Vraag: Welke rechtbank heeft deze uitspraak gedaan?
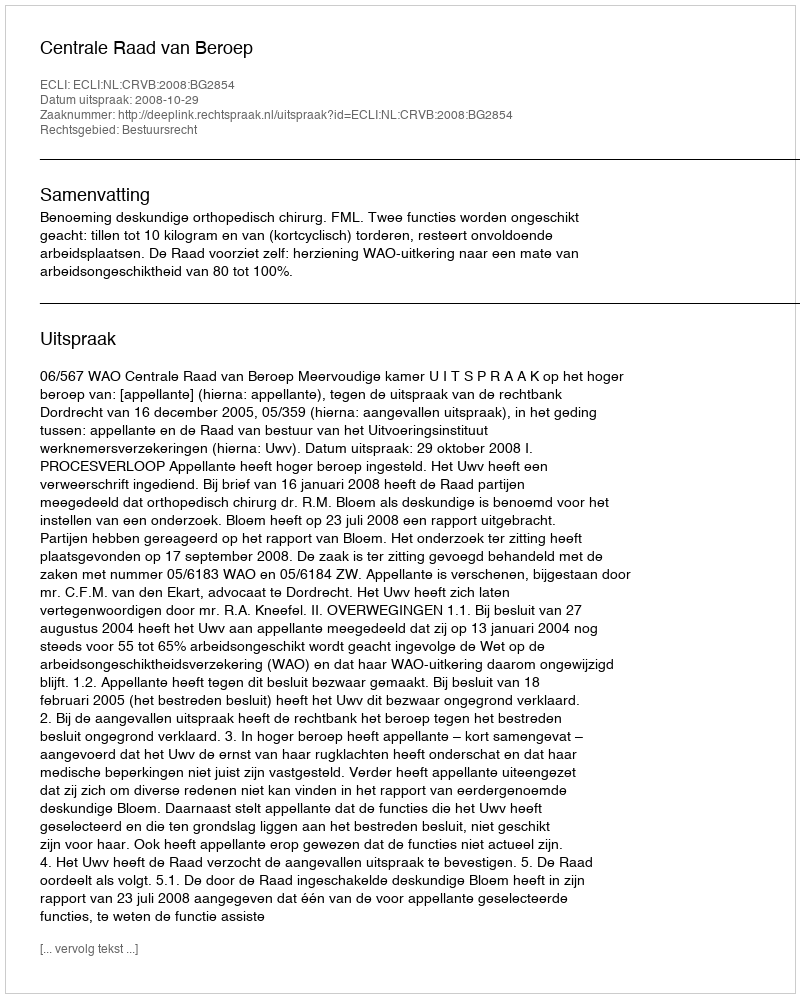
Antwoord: Centrale Raad van Beroep